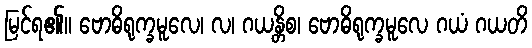
မြင်ရ၏။ ဗောဓိရုက္ခမူလေ၊ လ၊ ဂယန္တိစ၊ ဗောဓိရုက္ခမူလေ ဂယံ ဂယတိ